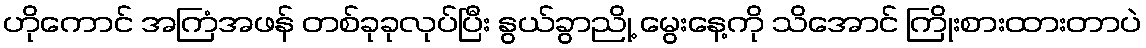
ဟိုကောင် အကြံအဖန် တစ်ခုခုလုပ်ပြီး နွယ်ခွာညို့ မွေးနေ့ကို သိအောင် ကြိုးစားထားတာပဲ